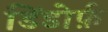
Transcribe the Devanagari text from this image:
डिंडोर्फ़